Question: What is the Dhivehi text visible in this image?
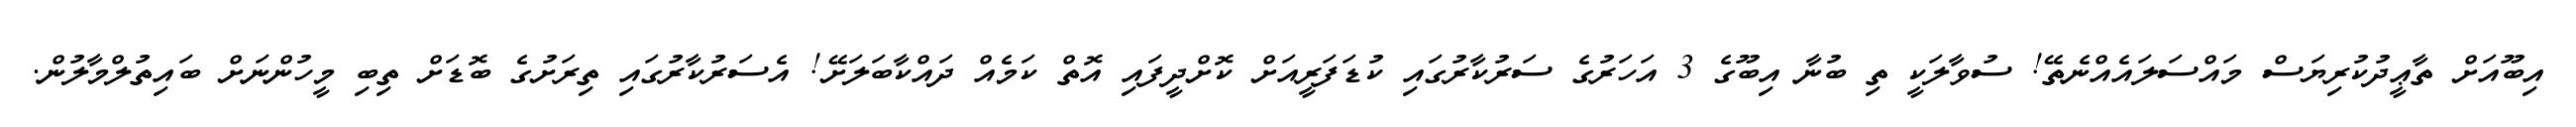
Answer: އިބޫއަށް ތާޢީދުކުރިޔަސް މައްސަލައެއްނެތޭ! ސުވާލަކީ ތި ބުނާ އިބޫގެ 3 އަހަރުގެ ސަރުކާރުގައި ކުޑަފަރީއަށް ކޮށްދީފައި އޮތް ކަމެއް ދައްކާބަލަށޭ! އެސަރުކާރުގައި ތިރަށުގެ ބޮޑަށް ތިބި މީހުންނަށް ބައިތުލްމާލުން.